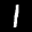
Label: 1